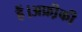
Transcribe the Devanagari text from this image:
हैं।अफ्री़की